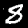
Label: 8